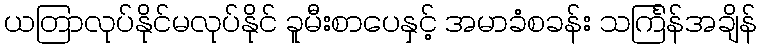
ယတြာလုပ်နိုင်မလုပ်နိုင် ခူမီးစာပေနှင့် အမာခံစခန်း သင်္ကြန်အချိန်